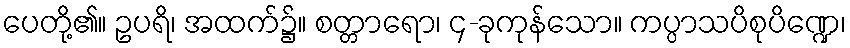
ပေတို့၏။ ဥပရိ၊ အထက်၌။ စတ္တာရော၊ ၄-ခုကုန်သော။ ကပ္ပာသပိစုပိဏ္ဍေ၊